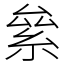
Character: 絫